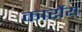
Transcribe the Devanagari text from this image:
कार्रोय